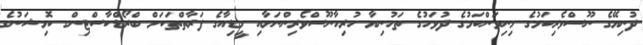
ދުނިޔޭގެ ނޫސްވެރިކަމުގެ މިނިވަންކަމުގެ ދުވަހުގެ ތަހުނިޔާ ހުރިހާނޫސްވެރިންނަށާއި މީޑިއާގެ ފަރާތްތަކަށް ބްރޯޑްކާސްޓިންގ ކޮމިޝަނުގެ